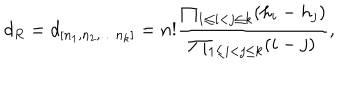
d _ { R } = d _ { \left[ n _ { 1 } , n _ { 2 } , \dots n _ { k } \right] } = n ! { \frac { \prod _ { 1 \leq i < j \leq k } ( h _ { i } - h _ { j } ) } { \prod _ { 1 \leq i < j \leq k } ( i - j ) } } ,